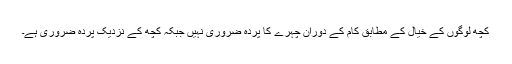
کچھ لوگوں کے خیال کے مطابق کام کے دوران چہرے کا پردہ ضروری نہیں جبکہ کچھ کے نزدیک پردہ ضروری ہے۔